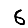
Digit: 6